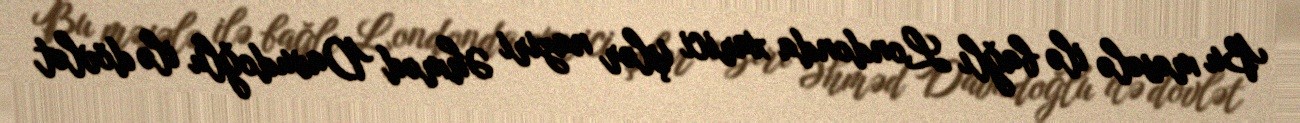
Bu məsələ ilə bağlı Londonda xarici işlər naziri Əhməd Davudoğlu ilə dövlət